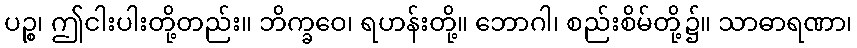
ပဉ္စ၊ ဤငါးပါးတို့တည်း။ ဘိက္ခဝေ၊ ရဟန်းတို့။ ဘောဂါ၊ စည်းစိမ်တို့၌။ သာဓာရဏာ၊